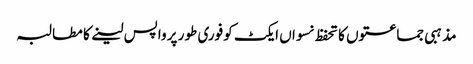
مذہبی جماعتوں کا تحفظ نسواں ایکٹ کو فوری طور پر واپس لینے کا مطالبہ